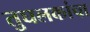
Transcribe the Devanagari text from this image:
तुघलकांचा